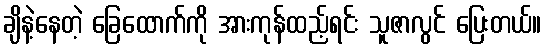
ချိနဲ့နေတဲ့ ခြေထောက်ကို အားကုန်ထည့်ရင်း သူဇာလွင် ပြေးတယ်။